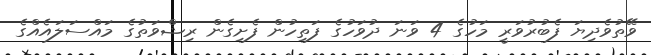
ވޭތުވެދިޔަ ފެބުރުވަރީ މަހުގެ 4 ވަނަ ދުވަހުގެ ފަތިހުން ފެށިގެން ރިޝްވަތުގެ މައްސަލައެއްގެ